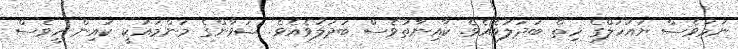
ނަމަވެސް ޔައުހަލްގެ ހިތް ބަދަލުވެއެވެ. ކާއިނާތުވެސް ބަދަލުވެއެވެ. ޝަވާންގެ މަންމައަކީ ކައިން ހީވެސް